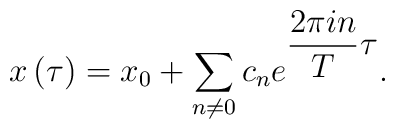
x\left( \tau \right) =x_{0}+\sum _{n\neq 0}c_{n}e^{\displaystyle  \frac{2\pi in}{T}\tau } .